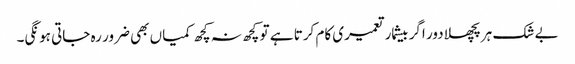
بے شک ہر پچھلا دور اگر بیشمار تعمیری کام کرتا ہے تو کچھ نہ کچھ کمیاں بھی ضرور رہ جاتی ہونگی۔